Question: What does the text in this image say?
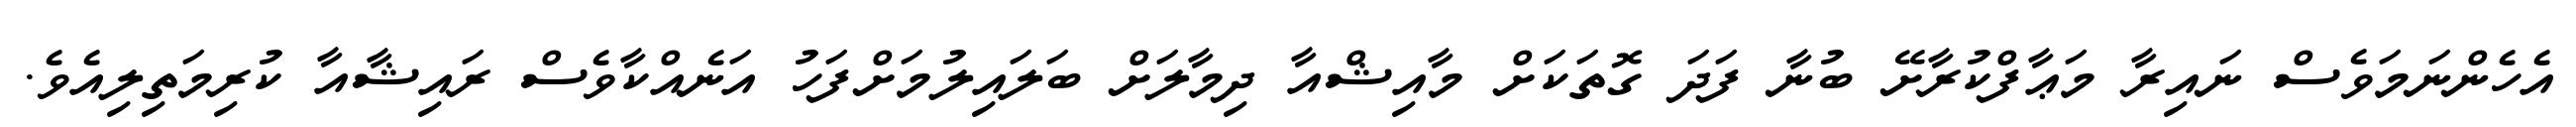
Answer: އެހެންނަމަވެސް ނައިރާ މަޢާފްކުރާށޭ ބުނާ ފަދަ ގޮތަކަށް މާއިޝްއާ ދިމާލަށް ބަލައިލުމަށްފަހު އަނެއްކާވެސް ރައިޝާއާ ކުރިމަތިލިއެވެ.